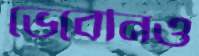
ভেবেনিও